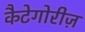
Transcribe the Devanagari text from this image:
कैटेगोरीज़